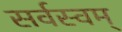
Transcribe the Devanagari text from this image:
सर्वस्वम्